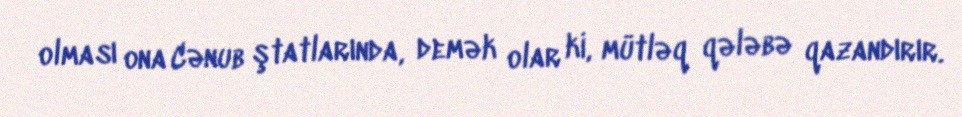
olması ona Cənub ştatlarında, demək olar ki, mütləq qələbə qazandırır.